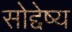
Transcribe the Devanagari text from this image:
सोद्देष्य